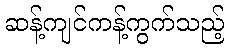
ဆန့်ကျင်ကန့်ကွက်သည့်